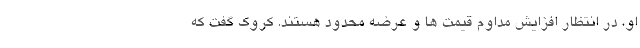
او، در انتظار افزایش مداوم قیمت ها و عرضه محدود هستند. کروک گفت که